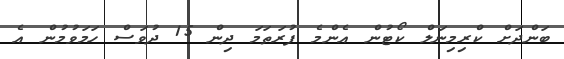
ބަންދަށް ކްރިމިނަލް ކޯޓުން އެންމެ ފުރަތަމަ ދިން 15 ދުވަސް ހަމަވުމުން އެ